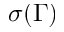
\sigma ( \Gamma )